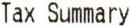
TAX SUMMARY